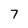
Character: 7